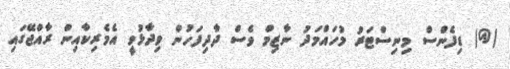
(@) ޑިފެންސް މިނިސްޓަރު މުހައްމަދު ނާޒިމް ވެސް ދާދިފަހުން ވިދާޅުވީ އެމެރިކާއިން ރާއްޖޭގައި